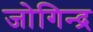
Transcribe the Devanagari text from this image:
जोगिन्द्र